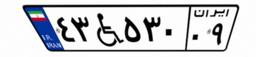
۴۳W۵۳۰۰۹